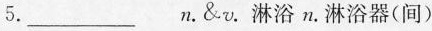
5.___n.&v.淋浴 n。淋浴器(间)